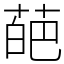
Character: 葩